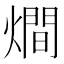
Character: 𤏐